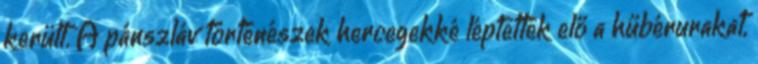
került. A pánszláv történészek hercegekké léptették elő a hűbérurakat,